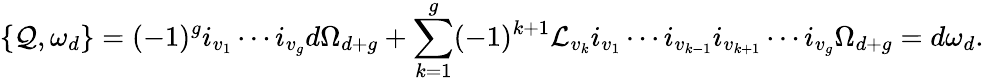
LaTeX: \{ {\cal Q},\omega_{d}\} =(-1)^{g}i_{v_{1}}\cdots i_{v_{g}}d\Omega_{d+g}+\sum_{k=1}^{g}(-1)^{k+1}{\cal L}_{v_{k}}i_{v_{1}}\cdots i_{v_{k-1}}i_{v_{k+1}}\cdots i_{v_{g}}\Omega_{d+g}=d\omega_{d}.